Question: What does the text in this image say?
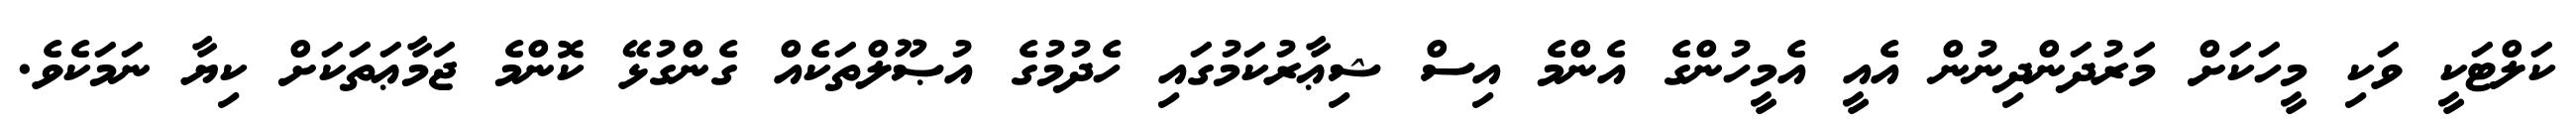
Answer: ކަލްޓަކީ ވަކި މީހަކަށް މަރުދަންދިނުން އެއީ އެމީހުންގެ އެންމެ އިސް ޝިޢާރުކަމުގައި ހެދުމުގެ އުޞޫލްތަކެއް ގެންގުޅޭ ކޮންމެ ޖަމާޢަތަކަށް ކިޔާ ނަމަކެވެ.